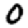
Digit: 0